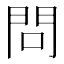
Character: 問